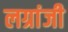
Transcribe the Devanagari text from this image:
लग्रांजी